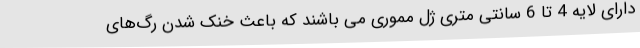
دارای لایه 4 تا 6 سانتی متری ژل مموری می باشند که باعث خنک شدن رگ‌های